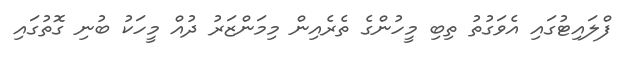
ފްލައިޓުގައި އެވަގުތު ތިބި މީހުންގެ ތެރެއިން މިމަންޒަރު ދުއް މީހަކު ބުނި ގޮތުގައި